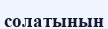
солатынын